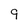
Character: 9